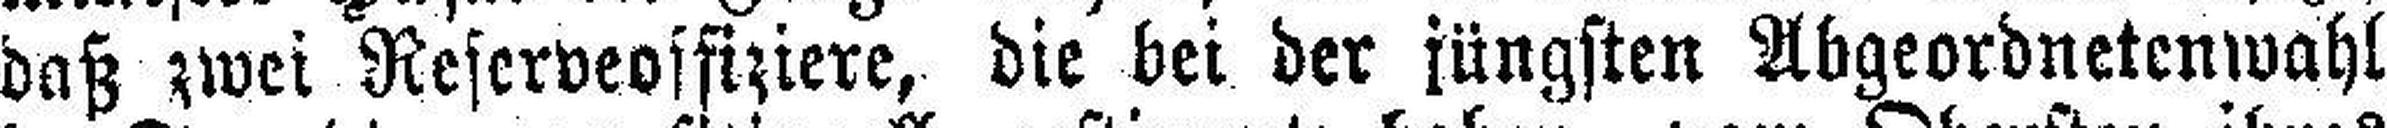
daß zwei Reserveoffiziere, die bei der jüngsten Abgeordnetenwahl